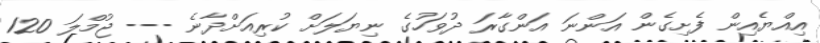
އިއްޔެއިން ފެށިގެން އަންނަ އަންގާރަ ދުވަހުގެ ނިޔަލަށް ކުރިއަށްދާނެ --- ޖުމްލަ 120